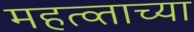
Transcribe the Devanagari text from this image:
महत्व्ताच्या